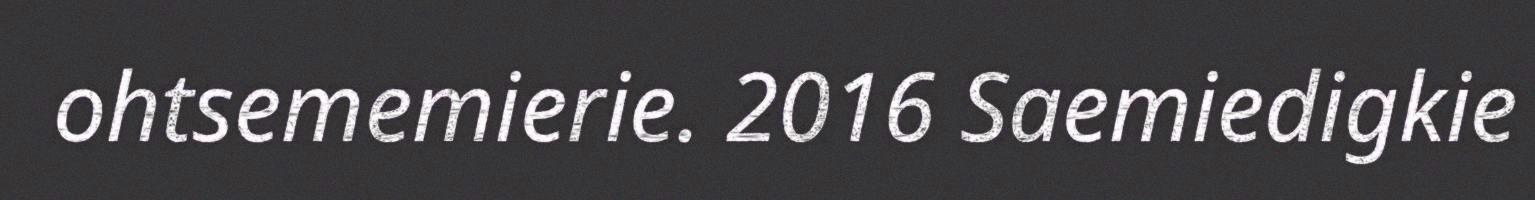
ohtsememierie. 2016 Saemiedigkie